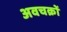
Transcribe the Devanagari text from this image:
अवचक्रों